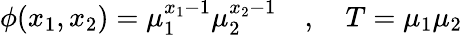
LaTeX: \phi(x_{1},x_{2})=\mu_{1}^{x_{1}-1}\mu_{2}^{x_{2}-1}\quad,\quad T=\mu_{1}\mu_{2}